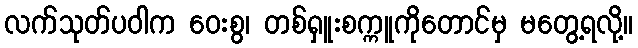
လက်သုတ်ပဝါက ဝေးစွ၊ တစ်ရှူးစက္ကူကိုတောင်မှ မတွေ့ရလို့။